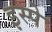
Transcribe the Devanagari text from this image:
इस्पे